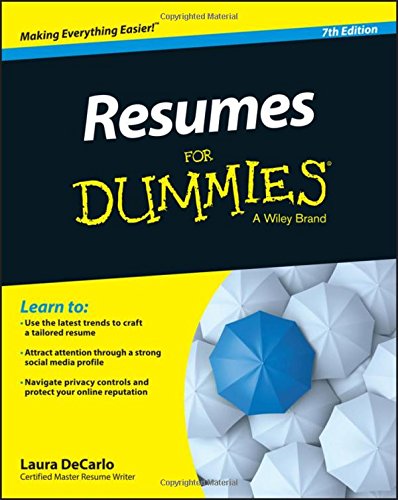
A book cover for Resumes For Dummies; Laura DeCarlo; Business & Money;